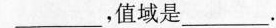
___，值域是___.